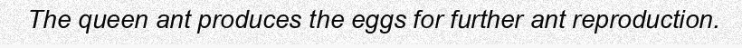
The queen ant produces the eggs for further ant reproduction.